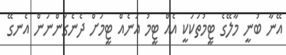
އޭނާ ބުނީ މާލޭގެ ޓީމުތަކަކީ އެއް ޓީމު އަނެއް ޓީމަށް ދެނެގަންނަން އެނގޭ